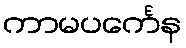
ကာမပင်္ကေန